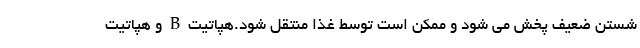
شستن ضعیف پخش می شود و ممکن است توسط غذا منتقل شود.هپاتیت B و هپاتیت